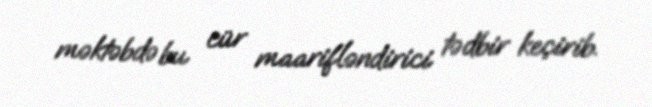
məktəbdə bu cür maarifləndirici tədbir keçirib.